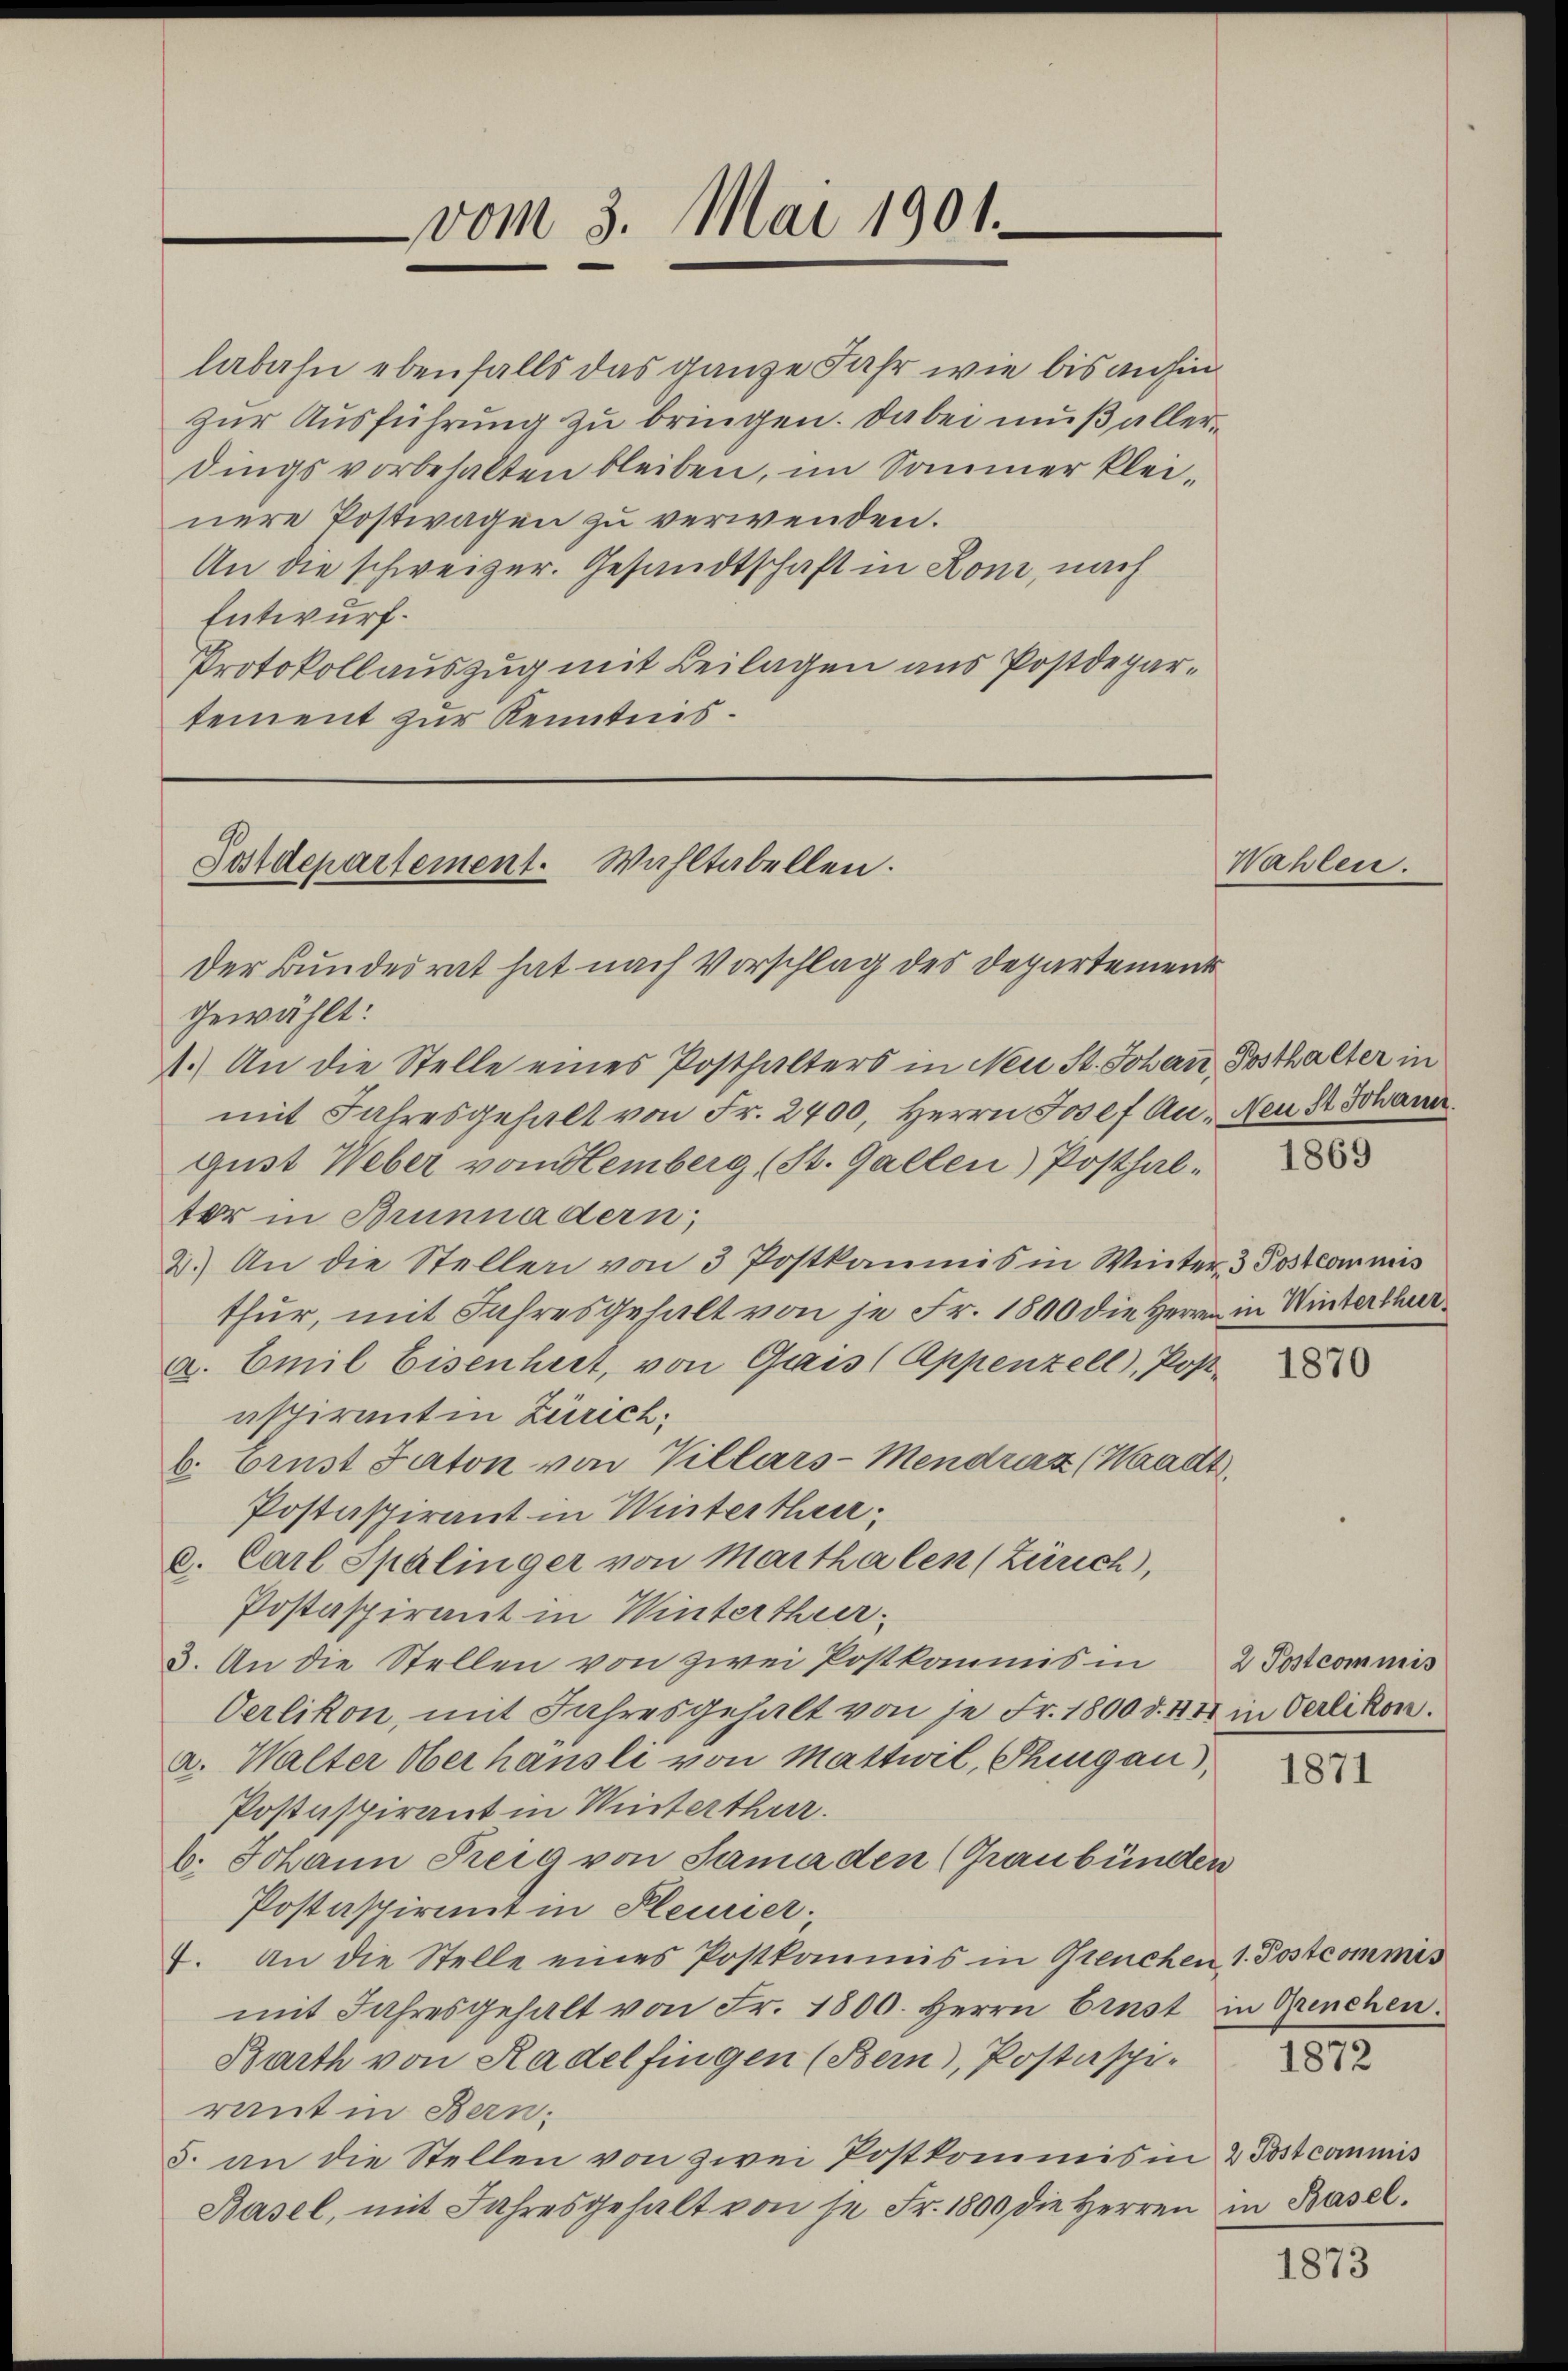
vom 3. Mai 1901.

labahn ebenfalls das ganze Jahr wie bis anhinzur Ausführung zu bringen. Dabei muß allerdings vorbehalten bleiben, im Sommer kleinere Postwagen zu verwenden.
An die schweizer. Gesandtschaft in Koni, nach
Entwurf.
Protokollauszug mit Beilagen aus Postdepartement zur Kenntnis.

Postdepartement. Wahltabellen.
Der Bundesrat hat nach Vorschlag des Departement

gewählt:
1.) An die Stelle eines Posthalters in Neu St. Johan, Posthalter in
mit Jahresgehalt von Fr. 2400, Herrn Josef Au. Neu St. Johann.
gust Weber vom Hemberg (St. Gallen) Posthalter in Brunnadern;
2.) An die Stellen von 3 Postkaunis in Winter 3 Postcommis
thur, mit Jahresgehalt von je Fr. 1800 die Herren in Winterthur
a. Emil Eisenheit, von Gais (Appenzell), Postnspirant in Zürich:
b. Brust Saton von Villars-Mendráz (Waadt
Postaspirant in Winterthur:
c. Carl Spalinger von Marthalen (Zürich,
Postaspirant in Winterthur.
3. An die Stellen von zwei Postkommis in 2 Postcommis
Oerlikon, mit Jahresgehalt von je Fr. 1800 d. 441 in Verlikon.
a. Walter Oberhausli von Mattwil, Thurgau,
Postaspirant in Winterthur.
b. Johann Teig von Sama den (Graubünden
Postaspirmit in Pleurier
4. An die Stelle eines Postkommis in Grenchen 1. Postcommis
mit Jahresgehalt von Fr. 1800. Herrn Einst in Grenchen
Barth von Radelfingen (Bern), Postaspiraut in Bern:
5. an die Stellen von zwei Postkommis in 2 Postcommis
Basel, mit Jahresgehalt von se Fr. 1800 die Herren in Basel.

Wahlen.

1869

1870

1871

1872

1873